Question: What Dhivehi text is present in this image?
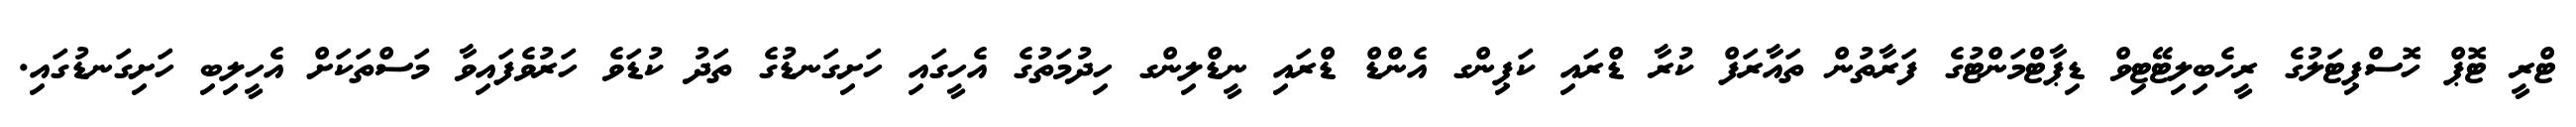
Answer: ޓްރީ ޓޮޕް ހޮސްޕިޓަލުގެ ރީހެބިލިޓޭޓިވް ޑިޕާޓްމަންޓުގެ ފަރާތުން ތައާރަފް ކުރާ ޑްރައި ކަޕިންގ އެންޑް ޑްރައި ނީޑްލިންގ ހިދުމަތުގެ އެހީގައި ހަށިގަނޑުގެ ތަދު ކުޑަވެ ހަރުވެފައިވާ މަސްތަކަށް އެހީލިބި ހަށިގަނޑުގައި.